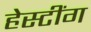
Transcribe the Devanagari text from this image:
हेस्टींग